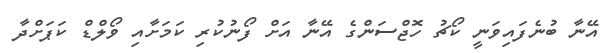
އޭނާ ބުނެފައިވަނީ ކޯޗު ހޮޖްސަންގެ އޭނާ އަށް ފޯނުކުރި ކަމަށާއި ވޯލްޑް ކަޕަށްދާ